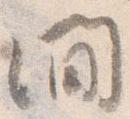
間